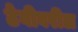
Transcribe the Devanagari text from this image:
ठेवीवरील